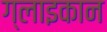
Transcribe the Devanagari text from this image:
ग्लाइकान